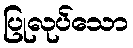
ပြုလုပ်သော